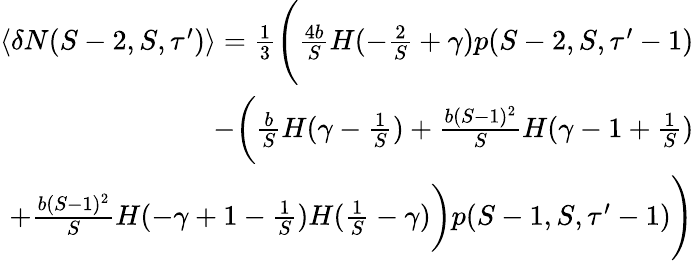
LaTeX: \begin{array}{r}{\langle\delta N(S-2,S,\tau^{\prime})\rangle=\frac{1}{3}\Bigg(\frac{4b}{S}H(-\frac{2}{S}+\gamma)p(S-2,S,\tau^{\prime}-1)}\\ {-\bigg(\frac{b}{S}H(\gamma-\frac{1}{S})+\frac{b(S-1)^{2}}{S}H(\gamma-1+\frac{1}{S})}\\ {+\frac{b(S-1)^{2}}{S}H(-\gamma+1-\frac{1}{S})H(\frac{1}{S}-\gamma)\bigg)p(S-1,S,\tau^{\prime}-1)\Bigg)}\end{array}